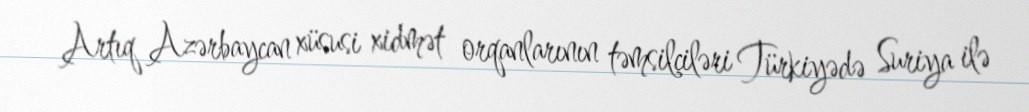
Artıq Azərbaycan xüsusi xidmət orqanlarının təmsilçiləri Türkiyədə Suriya ilə